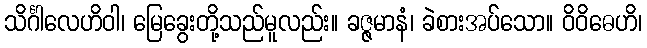
သိင်္ဂါလေဟိဝါ၊ မြေခွေးတို့သည်မူလည်း။ ခဇ္ဇမာနံ၊ ခဲစားအပ်သော။ ဝိဝိဓေဟိ၊